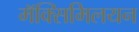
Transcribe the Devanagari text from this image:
मॅक्सिमिलयन